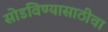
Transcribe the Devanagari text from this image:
सोडविण्यासाठीचा